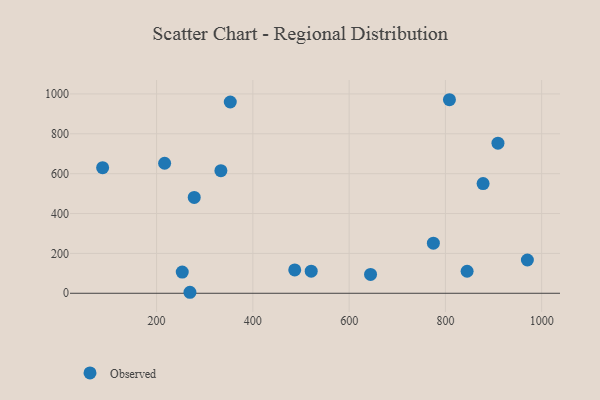
{"axis": {"x": "Engine Size", "y": "Salary"}, "legend": ["Observed"], "data": [{"x": "878.3", "y": 550.3, "type": "Observed"}, {"x": "808.4", "y": 971.0, "type": "Observed"}, {"x": "333.6", "y": 614.9, "type": "Observed"}, {"x": "216.7", "y": 652.2, "type": "Observed"}, {"x": "909.2", "y": 752.8, "type": "Observed"}, {"x": "521.2", "y": 110.9, "type": "Observed"}, {"x": "775.0", "y": 251.2, "type": "Observed"}, {"x": "970.3", "y": 166.9, "type": "Observed"}, {"x": "487.0", "y": 117.3, "type": "Observed"}, {"x": "845.1", "y": 110.5, "type": "Observed"}, {"x": "353.1", "y": 959.6, "type": "Observed"}, {"x": "253.3", "y": 106.3, "type": "Observed"}, {"x": "644.5", "y": 94.4, "type": "Observed"}, {"x": "278.2", "y": 480.7, "type": "Observed"}, {"x": "87.9", "y": 630.2, "type": "Observed"}, {"x": "269.3", "y": 5.0, "type": "Observed"}]}